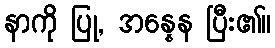
နာကို ပြု, အန္နေန ပြီး၏။